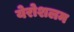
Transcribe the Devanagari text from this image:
येरोशलम